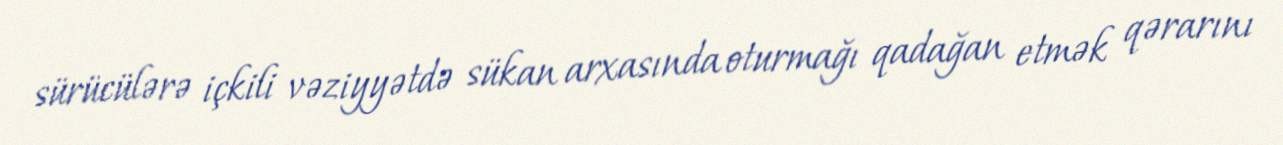
sürücülərə içkili vəziyyətdə sükan arxasında oturmağı qadağan etmək qərarını